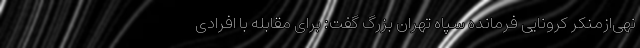
نهی‌ازمنکر کرونایی فرمانده سپاه تهران بزرگ گفت: برای مقابله با افرادی